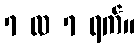
7 လ 7 ရက်။